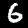
Digit: 6